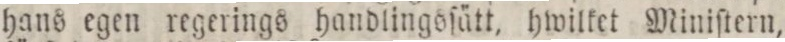
hans egen regerings handlingsfätt, hwilket Miniſtern,